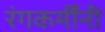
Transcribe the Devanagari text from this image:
रंगकर्मींनी